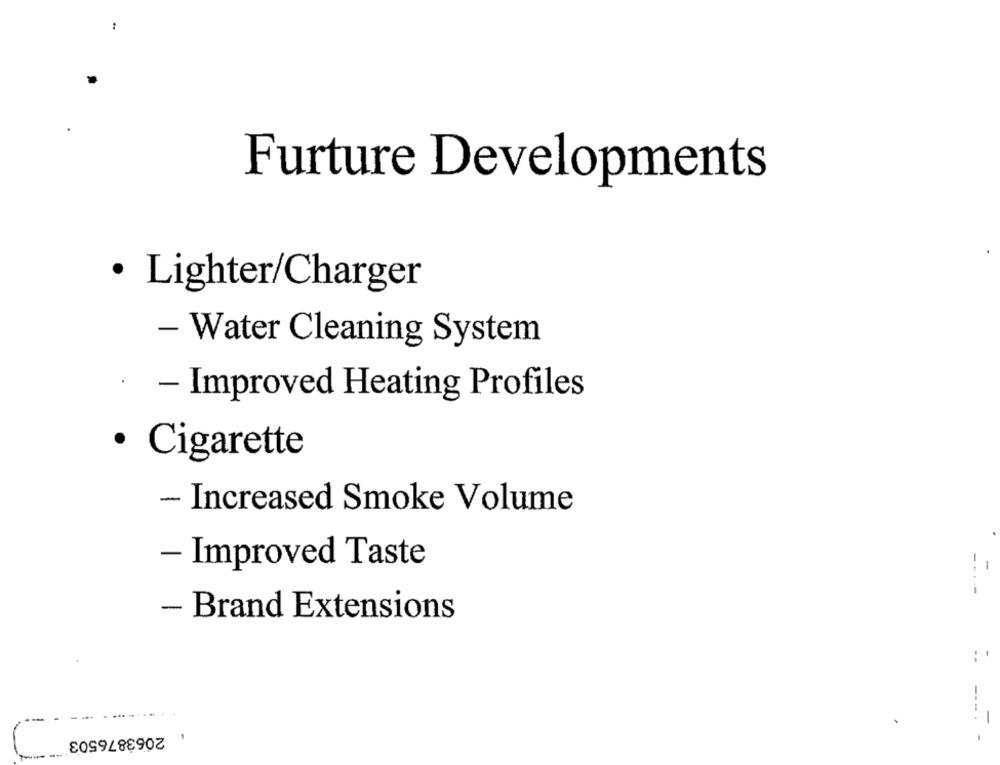
Furture Developments
· Lighter/Charger
- Water Cleaning System
- Improved Heating Profiles
· Cigarette
- Increased Smoke Volume
- Improved Taste
-
--..
- Brand Extensions
:
-
2063876503